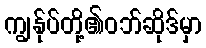
ကျွန်ုပ်တို့၏ဝဘ်ဆိုဒ်မှာ